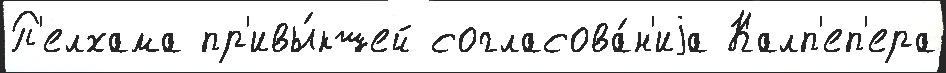
П'елхама пр'ивы́кшей согласова́н'иjа Калп'еп'ера